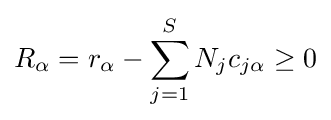
R_{\alpha }=r_{\alpha }-\sum _{j=1}^{S}N_{j}c_{j\alpha }\geq 0